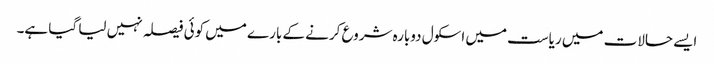
ایسے حالات میں ریاست میں اسکول دوبارہ شروع کرنے کے بارے میں کوئی فیصلہ نہیں لیا گیا ہے۔